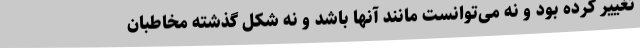
تغییر کرده بود و نه می‌توانست مانند آنها باشد و نه شکل گذشته مخاطبان